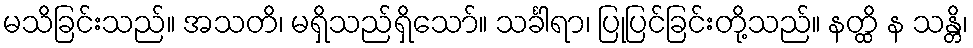
မသိခြင်းသည်။ အသတိ၊ မရှိသည်ရှိသော်။ သင်္ခါရာ၊ ပြုပြင်ခြင်းတို့သည်။ နတ္ထိ န သန္တိ၊